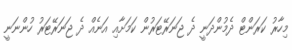
މިހާރު ކަރަންޓް ދެމުންދަނީ ދެ ޖަނަރޭޓަރުން ކަމަށާއި އަނެއް ދެ ޖަނަރޭޓަރު ހުންނަނީ